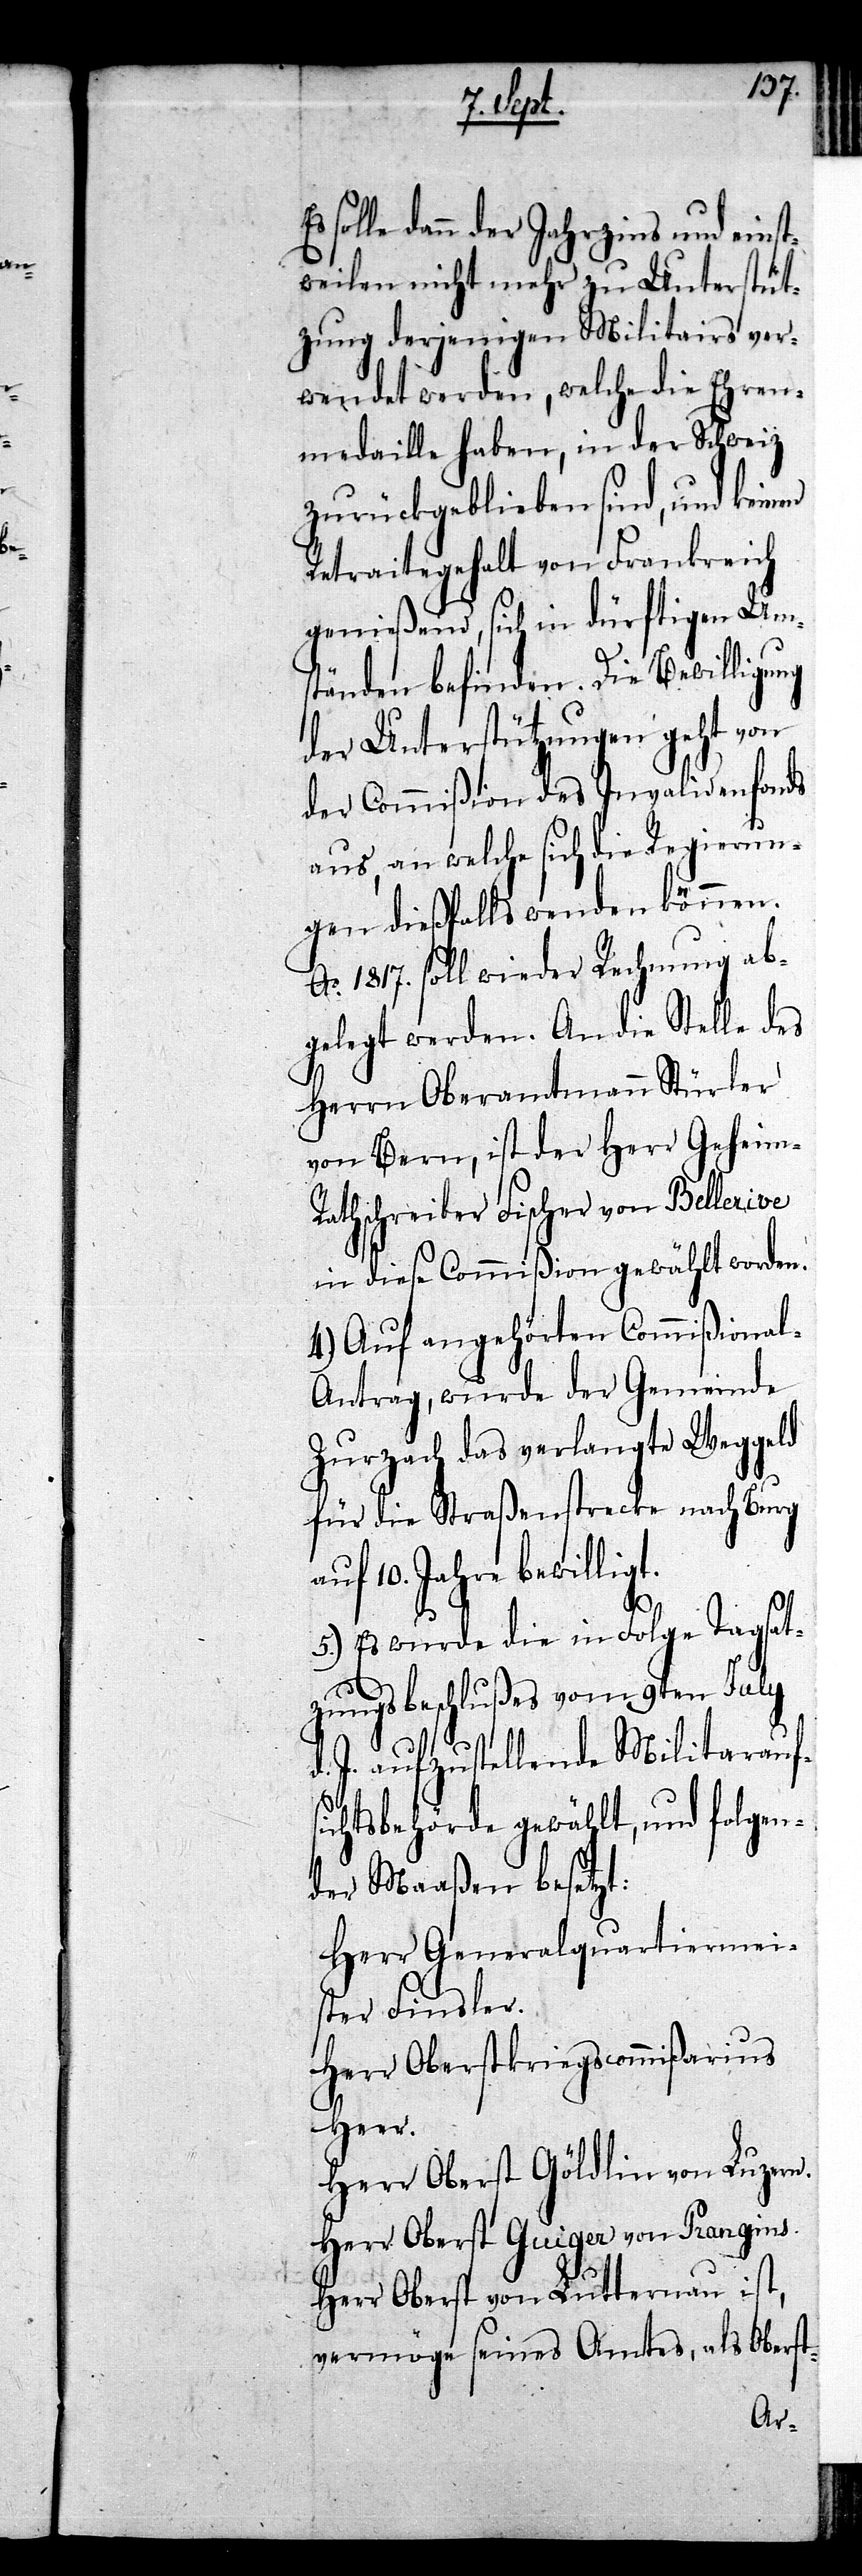
solle dann der Jahrzins und einst¬
weilen nicht mehr zu Unterstüt¬
zung derjenigen Militairs ver¬
wendet werden, welche die Ehren¬
medaille haben, in der Schweiz
zurückgeblieben sind, und keinen
Retraitegehalt von Frankreich
genießen, sich in dürftigen Ums¬
tänden befinden. Die Bewilligung
der Unterstützungen geht von
der Commißion des Invalidenfonds
aus, an welche sich die Regierun¬
gen dießfalls wenden können.
Ao. 1817. soll wieder Rechnung ab¬
gelegt werden. An die Stelle des
Herrn Oberamtmann Stürler
von Bern, ist der Herr Geheim-R¬
athschreiber Fischer von Bellerive
in diese Commißion gewählt worden.
4.) Auf angehörten Commißiona¬
l-Antrag, wurde der Gemeinde
Zurzach das verlangte Weggeld
für die Straßenstrecke nach Burg
auf 10. Jahre bewilligt.
5.) Es wurde die in Folge Tagsat¬
zungsbeschlußes vom 9ten July
d. J. aufzustellende Militaraufs¬
ichtsbehörde gewählt, und folgen¬
der Maaßen besetzt:
Herr Generalquartiermei¬
ster Finsler.
Herr Oberstkriegscommißarius
Heer.
Herr Oberst Göldlin von Luzern.
Herr Oberst Guiger von Prangins.
Herr Oberst von Lutternau ist,
vermöge seines Amtes, als Oberst-